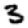
Digit: 3